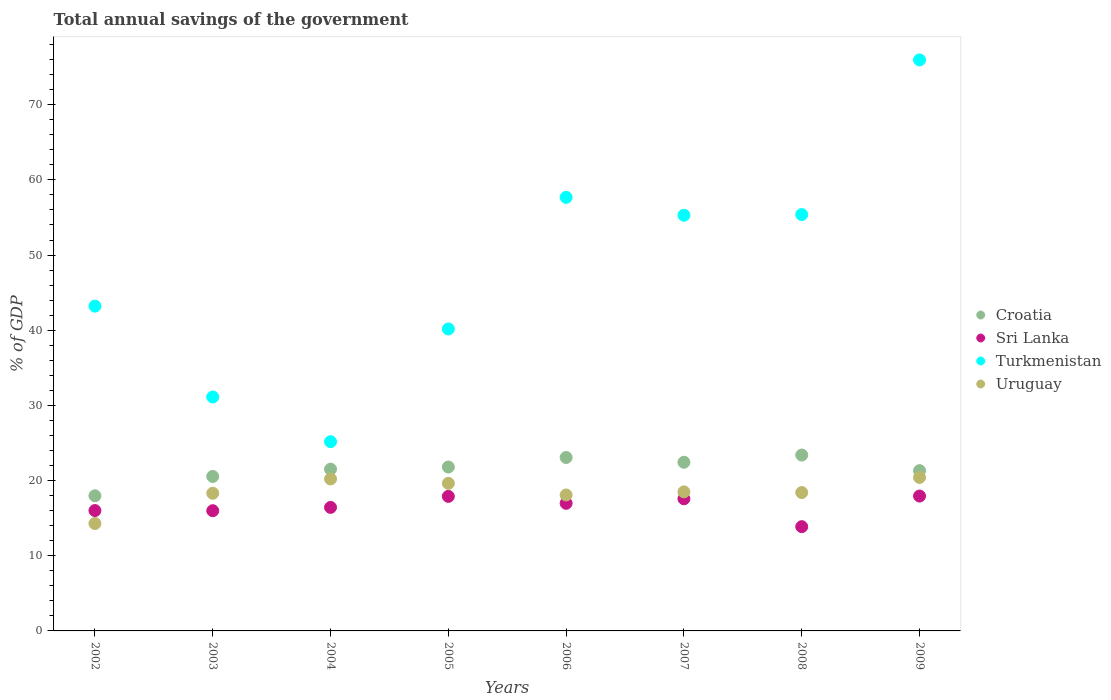
| Years | Croatia | Sri Lanka | Turkmenistan | Uruguay |
 | --- | --- | --- | --- | --- |
 | 2002 | 18 | 16 | 43.2 | 14.3 |
 | 2003 | 20.5 | 16 | 31.1 | 18.3 |
 | 2004 | 21.5 | 16.4 | 25.2 | 20.2 |
 | 2005 | 21.8 | 17.9 | 40.2 | 19.6 |
 | 2006 | 23.1 | 17 | 57.7 | 18.1 |
 | 2007 | 22.4 | 17.6 | 55.3 | 18.5 |
 | 2008 | 23.4 | 13.9 | 55.4 | 18.4 |
 | 2009 | 21.3 | 17.9 | 76 | 20.4 |